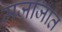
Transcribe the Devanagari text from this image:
मजाजात